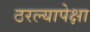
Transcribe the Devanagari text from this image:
ठरल्यापेक्षा